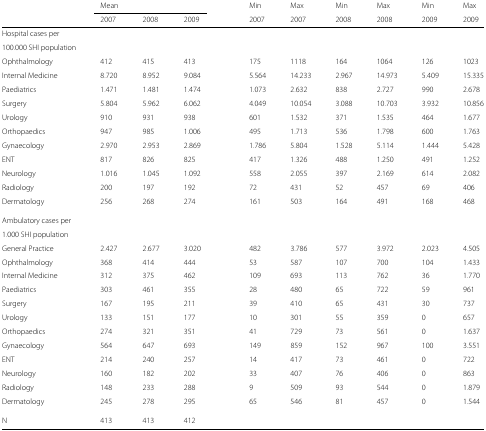
<table><thead><tr><td></td><td><b>Mean</b></td><td></td><td></td><td></td><td><b>Min</b></td><td><b>Max</b></td><td><b>Min</b></td><td><b>Max</b></td><td><b>Min</b></td><td><b>Max</b></td></tr><tr><td></td><td><b>2007</b></td><td><b>2008</b></td><td><b>2009</b></td><td></td><td><b>2007</b></td><td><b>2007</b></td><td><b>2008</b></td><td><b>2008</b></td><td><b>2009</b></td><td><b>2009</b></td></tr></thead><tbody><tr><td>Hospital cases per</td><td></td><td></td><td></td><td></td><td></td><td></td><td></td><td></td><td></td><td></td></tr><tr><td>100.000 SHI population</td><td></td><td></td><td></td><td></td><td></td><td></td><td></td><td></td><td></td><td></td></tr><tr><td>Ophthalmology</td><td>412</td><td>415</td><td>413</td><td></td><td>175</td><td>1118</td><td>164</td><td>1064</td><td>126</td><td>1023</td></tr><tr><td>Internal Medicine</td><td>8.720</td><td>8.952</td><td>9.084</td><td></td><td>5.564</td><td>14.233</td><td>2.967</td><td>14.973</td><td>5.409</td><td>15.335</td></tr><tr><td>Paediatrics</td><td>1.471</td><td>1.481</td><td>1.474</td><td></td><td>1.073</td><td>2.632</td><td>838</td><td>2.727</td><td>990</td><td>2.678</td></tr><tr><td>Surgery</td><td>5.804</td><td>5.962</td><td>6.062</td><td></td><td>4.049</td><td>10.054</td><td>3.088</td><td>10.703</td><td>3.932</td><td>10.856</td></tr><tr><td>Urology</td><td>910</td><td>931</td><td>938</td><td></td><td>601</td><td>1.532</td><td>371</td><td>1.535</td><td>464</td><td>1.677</td></tr><tr><td>Orthopaedics</td><td>947</td><td>985</td><td>1.006</td><td></td><td>495</td><td>1.713</td><td>536</td><td>1.798</td><td>600</td><td>1.763</td></tr><tr><td>Gynaecology</td><td>2.970</td><td>2.953</td><td>2.869</td><td></td><td>1.786</td><td>5.804</td><td>1.528</td><td>5.114</td><td>1.444</td><td>5.428</td></tr><tr><td>ENT</td><td>817</td><td>826</td><td>825</td><td></td><td>417</td><td>1.326</td><td>488</td><td>1.250</td><td>491</td><td>1.252</td></tr><tr><td>Neurology</td><td>1.016</td><td>1.045</td><td>1.092</td><td></td><td>558</td><td>2.055</td><td>397</td><td>2.169</td><td>614</td><td>2.082</td></tr><tr><td>Radiology</td><td>200</td><td>197</td><td>192</td><td></td><td>72</td><td>431</td><td>52</td><td>457</td><td>69</td><td>406</td></tr><tr><td>Dermatology</td><td>256</td><td>268</td><td>274</td><td></td><td>161</td><td>503</td><td>164</td><td>491</td><td>168</td><td>468</td></tr><tr><td>Ambulatory cases per</td><td></td><td></td><td></td><td></td><td></td><td></td><td></td><td></td><td></td><td></td></tr><tr><td>1.000 SHI population</td><td></td><td></td><td></td><td></td><td></td><td></td><td></td><td></td><td></td><td></td></tr><tr><td>General Practice</td><td>2.427</td><td>2.677</td><td>3.020</td><td></td><td>482</td><td>3.786</td><td>577</td><td>3.972</td><td>2.023</td><td>4.505</td></tr><tr><td>Ophthalmology</td><td>368</td><td>414</td><td>444</td><td></td><td>53</td><td>587</td><td>107</td><td>700</td><td>104</td><td>1.433</td></tr><tr><td>Internal Medicine</td><td>312</td><td>375</td><td>462</td><td></td><td>109</td><td>693</td><td>113</td><td>762</td><td>36</td><td>1.770</td></tr><tr><td>Paediatrics</td><td>303</td><td>461</td><td>355</td><td></td><td>28</td><td>480</td><td>65</td><td>722</td><td>59</td><td>961</td></tr><tr><td>Surgery</td><td>167</td><td>195</td><td>211</td><td></td><td>39</td><td>410</td><td>65</td><td>431</td><td>30</td><td>737</td></tr><tr><td>Urology</td><td>133</td><td>151</td><td>177</td><td></td><td>10</td><td>301</td><td>55</td><td>359</td><td>0</td><td>657</td></tr><tr><td>Orthopaedics</td><td>274</td><td>321</td><td>351</td><td></td><td>41</td><td>729</td><td>73</td><td>561</td><td>0</td><td>1.637</td></tr><tr><td>Gynaecology</td><td>564</td><td>647</td><td>693</td><td></td><td>149</td><td>859</td><td>152</td><td>967</td><td>100</td><td>3.551</td></tr><tr><td>ENT</td><td>214</td><td>240</td><td>257</td><td></td><td>14</td><td>417</td><td>73</td><td>461</td><td>0</td><td>722</td></tr><tr><td>Neurology</td><td>160</td><td>182</td><td>202</td><td></td><td>33</td><td>407</td><td>76</td><td>406</td><td>0</td><td>863</td></tr><tr><td>Radiology</td><td>148</td><td>233</td><td>288</td><td></td><td>9</td><td>509</td><td>93</td><td>544</td><td>0</td><td>1.879</td></tr><tr><td>Dermatology</td><td>245</td><td>278</td><td>295</td><td></td><td>65</td><td>546</td><td>81</td><td>457</td><td>0</td><td>1.544</td></tr><tr><td>N</td><td>413</td><td>413</td><td>412</td><td></td><td></td><td></td><td></td><td></td><td></td><td></td></tr></tbody></table>